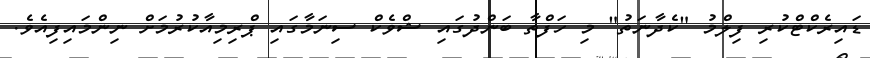
ޑައިރެކްޓްކުރި ފިލްމު "ކެދާނަތު" މި ހަފްތާ ބަންދުގައި ޝްވެކް ސިނަމާގައި ޕްރިމިއާކުރުމަށް ނިންމައިފިއެވެ.